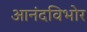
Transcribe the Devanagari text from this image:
आनंदविभोर